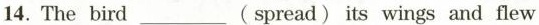
14. The bird ___ (spread) its wings and flew